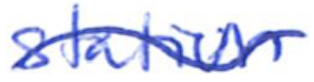
Text: station
Cross-out: wave
Writing tool: ballpoint